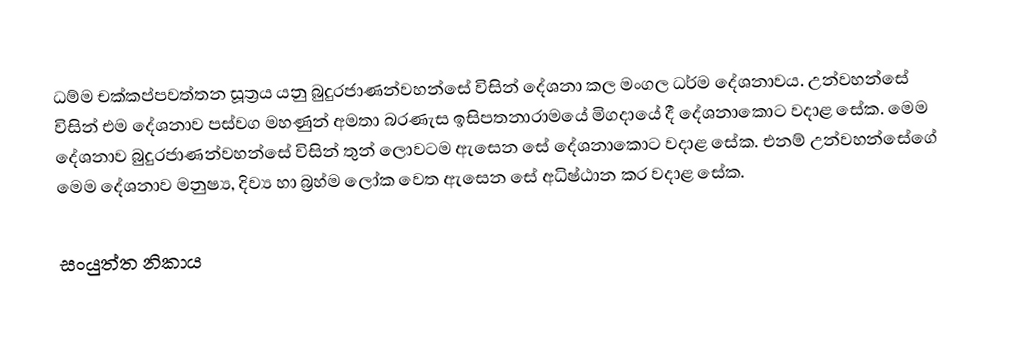
ධම්ම චක්කප්පවත්තන සූත්‍රය යනු බුදුරජාණන්වහන්සේ විසින් දේශනා කල මංගල ධර්ම දේශනාවය. උන්වහන්සේ විසින් එම දේශනාව පස්වග මහණුන් අමතා බරණැස ඉසිපතනාරාමයේ මිගදායේ දී දේශනාකොට වදාළ සේක. මෙම දේශනාව බුදුරජාණන්වහන්සේ විසින් තුන් ලොවටම ඇසෙන සේ දේශනාකොට වදාළ සේක. එනම් උන්වහන්සේගේ මෙම දේශනාව මනුෂ්‍ය, දිව්‍ය හා බ්‍රහ්ම ලෝක වෙත ඇසෙන සේ අධිෂ්ඨාන කර වදාළ සේක.

සංයුත්ත නිකාය